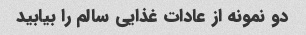
دو نمونه از عادات غذایی سالم را بیابید